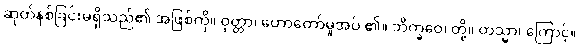
ဆုတ်နစ်ခြင်းမရှိသည်၏ အဖြစ်ကို။ ဝုတ္တာ၊ ဟောတော်မူအပ် ၏။ ဘိက္ခဝေ၊ တို့။ တသ္မာ၊ ကြောင့်။